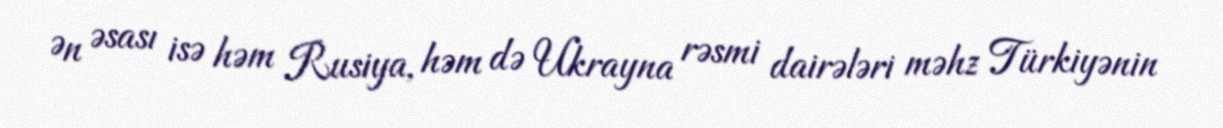
Ən əsası isə həm Rusiya, həm də Ukrayna rəsmi dairələri məhz Türkiyənin